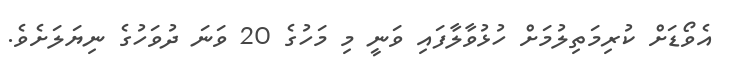
އެވޯޑަށް ކުރިމަތިލުމަށް ހުޅުވާލާފައި ވަނީ މި މަހުގެ 20 ވަނަ ދުވަހުގެ ނިޔަލަށެވެ.